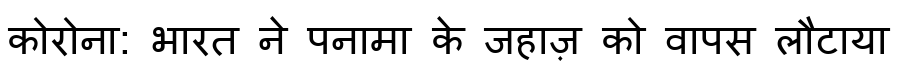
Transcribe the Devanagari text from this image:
कोरोना: भारत ने पनामा के जहाज़ को वापस लौटाया